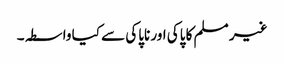
غیر مسلم کا پاکی اور ناپاکی سے کیا واسطہ۔